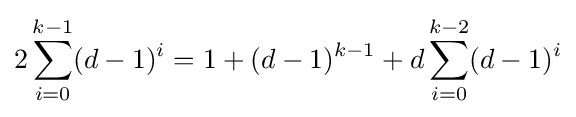
2\sum _{i=0}^{k-1}(d-1)^{i}=1+(d-1)^{k-1}+d\sum _{i=0}^{k-2}(d-1)^{i}